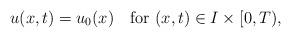
LaTeX: \begin{align*} u(x,t)=u_0(x) \mbox{ \ \ for } (x,t) \in I \times [0,T),\end{align*}